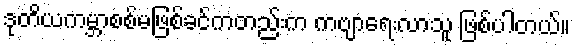
ဒုတိယကမ္ဘာစစ်မဖြစ်ခင်ကတည်းက ကဗျာရေးလာသူ ဖြစ်ပါတယ်။